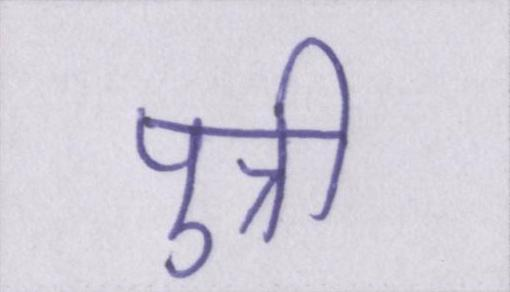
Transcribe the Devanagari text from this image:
पुत्री